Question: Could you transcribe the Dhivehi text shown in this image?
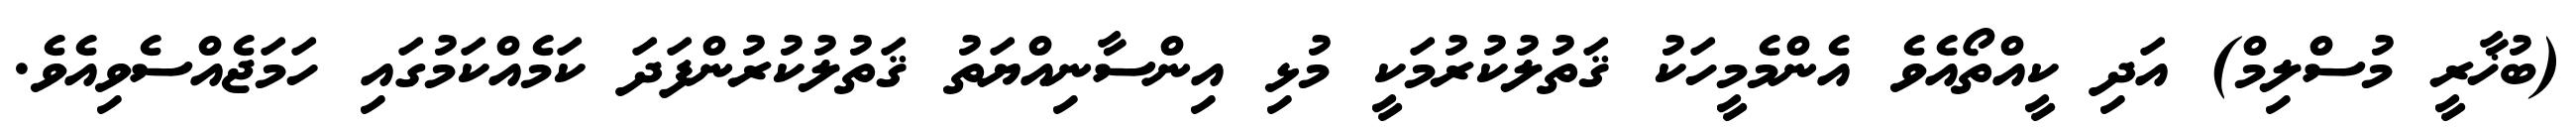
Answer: (ބުޚާރީ މުސްލިމް) އަދި ކީއްތޯއެވެ އެންމެމީހަކު ޤަތުލުކުރުމަކީ މުޅި އިންސާނިއްޔަތު ޤަތުލުކުރުންފަދަ ކަމެއްކަމުގައި ހަމަޖެއްސެވިއެވެ.